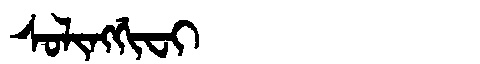
Manchu: ᠰᠣᠯᡳᠩᡤᡳᠸᡳ
Romanization: SOLINGGIFI